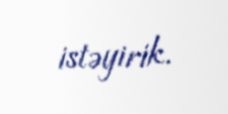
istəyirik.